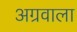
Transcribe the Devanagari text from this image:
अग्रवाला